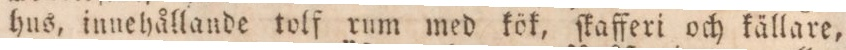
hus, innehållande tolf rum med kök, ſkafferi och källare,